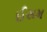
ઈસમ